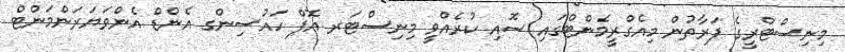
މިނިސްޓްރީގެ ފަރާތުން މިއެގްރީމެންޓްގައި ސޮއި ކުރެއްވީ މިނިސްޓަރ އޮފް ހައުސިންގ އެންޑް އެންވަޔަރަންމަންޓް